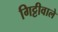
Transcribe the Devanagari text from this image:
गिट्टीवाले